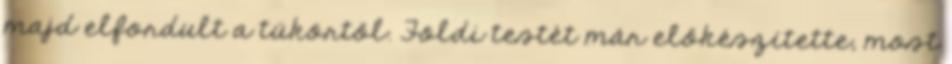
majd elfordult a tükörtől. Földi testét már előkészítette, most